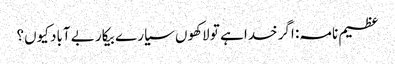
عظیم نامہ: اگر خدا ہے تو لاکھوں سیارے بیکار بے آباد کیوں؟